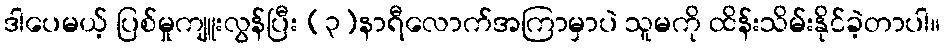
ဒါပေမယ့် ပြစ်မှုကျူးလွန်ပြီး (၃)နာရီလောက်အကြာမှာပဲ သူမကို ထိန်းသိမ်းနိုင်ခဲ့တာပါ။